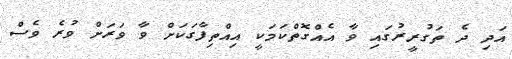
އަދި ދެ ތަގުރީރުގައި ވާ އެއްގޮތްކަމަކީ އިއްތިފާގަކަށް ވާ ވަރަށް ވުރެ ވެސް